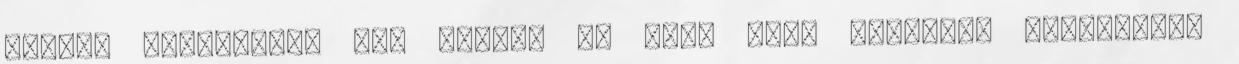
beauty témakörben jön mindig ez elő, hogy manapság hihetetlen